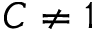
C \neq 1